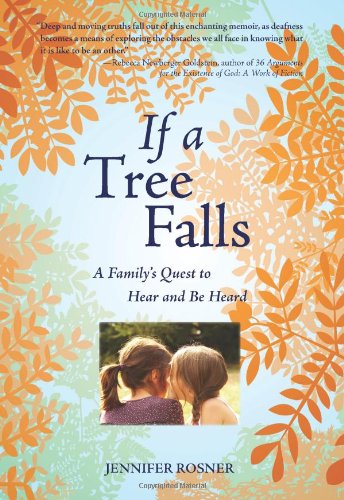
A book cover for If a Tree Falls: A Family's Quest to Hear and Be Heard; Jennifer Rosner; Health, Fitness & Dieting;